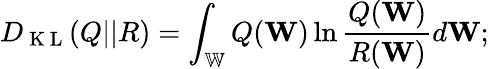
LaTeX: D_{\mathrm{~K~L~}}(Q||R)=\int_{\mathbb{W}}Q(\mathbf{W})\ln\frac{Q(\mathbf{W})}{R(\mathbf{W})}d\mathbf{W};